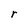
Character: r